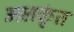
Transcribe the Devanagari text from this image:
अलकृंत